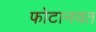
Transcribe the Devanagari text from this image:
फोटानवत